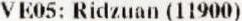
VE05: RIDZUAN (11900)